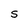
Character: S